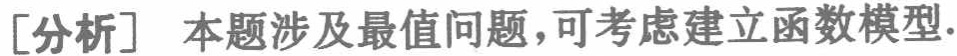
[分析] 本题涉及最值问题，可考虑建立函数模型.